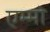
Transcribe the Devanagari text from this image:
एम्मो